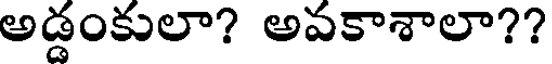
అడ్డంకులా? అవకాశాలా??